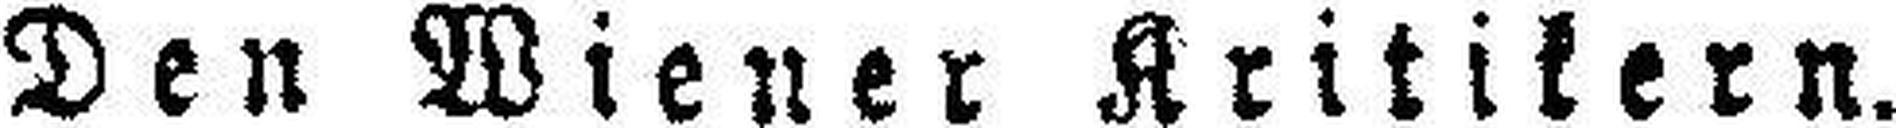
Den Wiener Kritikern.